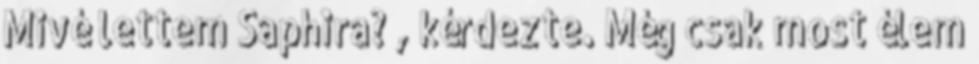
Mivé lettem Saphira? , kérdezte. Még csak most élem